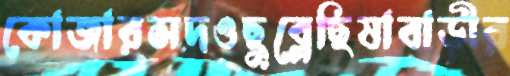
কোজারসদওছুব্‌লেছিষাবাড়ীর